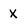
Character: x